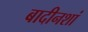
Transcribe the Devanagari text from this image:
बादीनशां